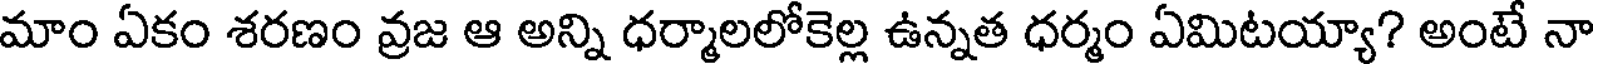
మాం ఏకం శరణం వ్రజ ఆ అన్ని ధర్మాలలోకెల్ల ఉన్నత ధర్మం ఏమిటయ్యా? అంటే నా